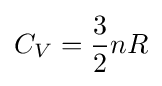
C_{V}={\frac {3}{2}}nR